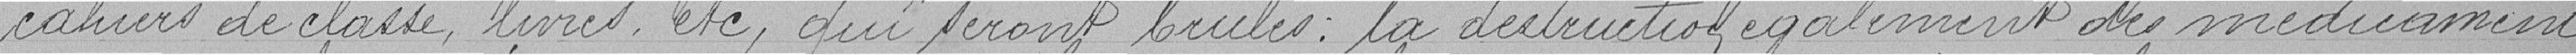
cahiers de clase, livres, etc., qui seront brulés : la destruction également des médicaments